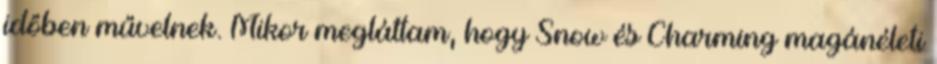
időben művelnek. Mikor megláttam, hogy Snow és Charming magánéleti